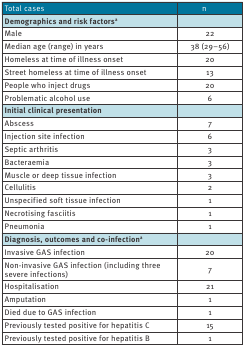
<table><thead><tr><td><b>Total cases</b></td><td><b>n</b></td></tr></thead><tbody><tr><td><b>Demographics and risk factors<sup>a</sup></b></td><td></td></tr><tr><td>Male</td><td>22</td></tr><tr><td>Median age (range) in years</td><td>38 (29–56)</td></tr><tr><td>Homeless at time of illness onset</td><td>20</td></tr><tr><td>Street homeless at time of illness onset</td><td>13</td></tr><tr><td>People who inject drugs</td><td>20</td></tr><tr><td>Problematic alcohol use</td><td>6</td></tr><tr><td><b>Initial clinical presentation</b></td><td></td></tr><tr><td>Abscess</td><td>7</td></tr><tr><td>Injection site infection</td><td>6</td></tr><tr><td>Septic arthritis</td><td>3</td></tr><tr><td>Bacteraemia</td><td>3</td></tr><tr><td>Muscle or deep tissue infection</td><td>3</td></tr><tr><td>Cellulitis</td><td>2</td></tr><tr><td>Unspecified soft tissue infection</td><td>1</td></tr><tr><td>Necrotising fasciitis</td><td>1</td></tr><tr><td>Pneumonia</td><td>1</td></tr><tr><td><b>Diagnosis, outcomes and co-infection<sup>a</sup></b></td><td></td></tr><tr><td>Invasive GAS infection</td><td>20</td></tr><tr><td>Non-invasive GAS infection (including three severe infections)</td><td>7</td></tr><tr><td>Hospitalisation</td><td>21</td></tr><tr><td>Amputation</td><td>1</td></tr><tr><td>Died due to GAS infection</td><td>1</td></tr><tr><td>Previously tested positive for hepatitis C</td><td>15</td></tr><tr><td>Previously tested positive for hepatitis B</td><td>1</td></tr></tbody></table>